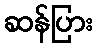
ဆန်ပြား